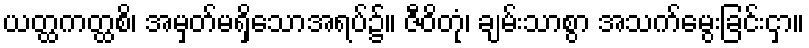
ယတ္ထကတ္ထစိ၊ အမှတ်မရှိသောအရပ်၌။ ဇီဝိတုံ၊ ချမ်းသာစွာ အသက်မွေးခြင်းငှာ။